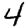
Digit: 4